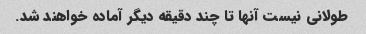
طولانی نیست آنها تا چند دقیقه دیگر آماده خواهند شد.